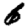
Digit: 6